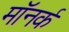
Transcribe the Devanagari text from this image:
मॉनर्क